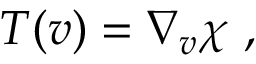
T ( v ) = \nabla _ { v } \chi ~ ,